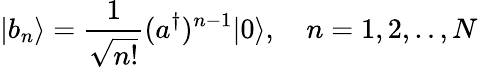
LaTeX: |b_{n}\rangle=\frac{1}{\sqrt{n!}}(a^{\dagger})^{n-1}|0\rangle,\quad n=1,2,..,N